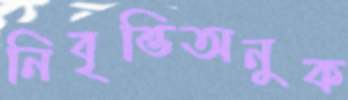
নিবৃত্তিঅনুক